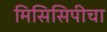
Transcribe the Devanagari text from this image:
मिसिसिपीचा